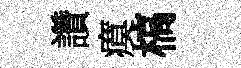
讚瘼槁